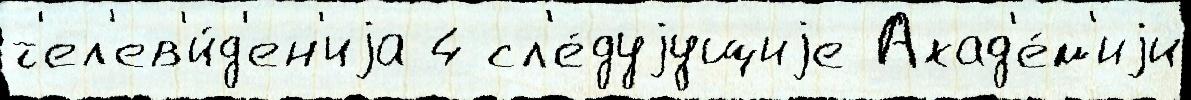
т'ел'ев'и́д'ен'иjа 4 сл'е́дуjущиjе Акад'е́м'иjи